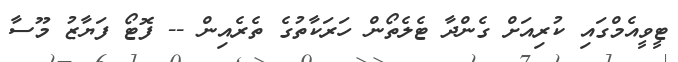
ޓީވީއެމްގައި ކުރިއަށް ގެންދާ ޓެލެތޯން ހަރަކާތުގެ ތެރެއިން -- ފޮޓޯ ފަޔާޒު މޫސާ